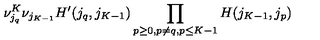
\nu _ { j _ { q } } ^ { K } \nu _ { j _ { K - 1 } } H ^ { \prime } ( j _ { q } , j _ { K - 1 } ) \prod _ { p \geq 0 , p \neq q , \/ p \leq K - 1 } H ( j _ { K - 1 } , j _ { p } )